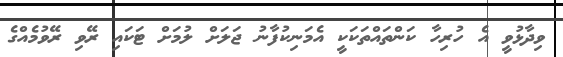
ވިދާޅުވީ އެ ހުރިހާ ކަންތައްތަކަކީ އެމަނިކުފާނު ޖަލަށް ލުމަށް ޓަކައި ރޭވި ރޭވުމެއްގެ